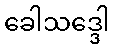
ခေါသဒ္ဒေါ